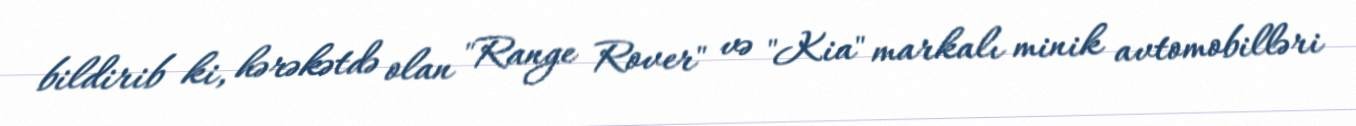
bildirib ki, hərəkətdə olan "Range Rover" və "Kia" markalı minik avtomobilləri